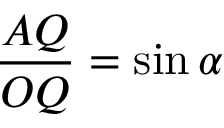
{ \frac { A Q } { O Q } } = \sin \alpha